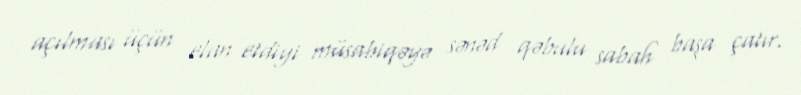
açılması üçün elan etdiyi müsabiqəyə sənəd qəbulu sabah başa çatır.